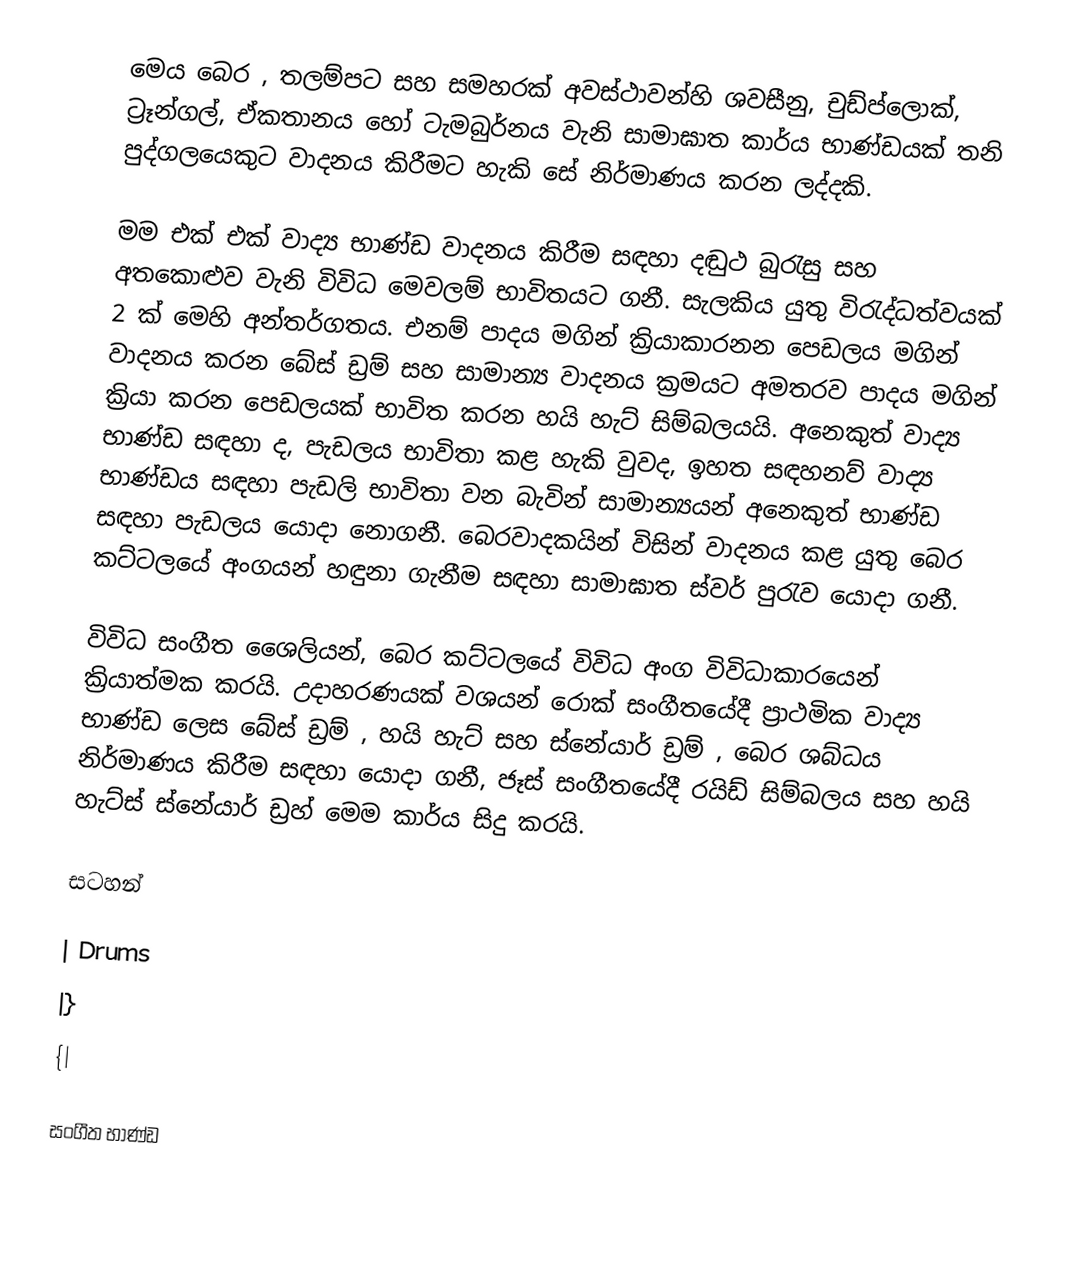
මෙය බෙර , තලම්පට සහ සමහරක් අවස්ථාවන්හි ශවසීනු, චුඩ්ප්ලොක්, ට්‍රෑන්ගල්, ඒකතානය හෝ ටැමබුර්නය වැනි සාමාඝාත කාර්ය භාණ්ඩයක් තනි පුද්ගලයෙකුට වාදනය කිරීමට හැකි සේ නිර්මාණය කරන ලද්දකි.

මම එක් එක් වාද්‍ය භාණ්ඩ වාදනය කිරීම සඳහා දඬුථ බුරැසු සහ අතකොළුව වැනි විවිධ මෙවලම් භාවිතයට ගනී. සැලකිය යුතු විරැද්ධත්වයක් 2 ක් මෙහි අන්තර්ගතය. එනම් පාදය මගින් ක්‍රියාකාරනන පෙඩලය මගින් වාදනය කරන බේස් ඩ්‍රම් සහ සාමාන්‍ය වාදනය ක්‍රමයට අමතරව පාදය මගින් ක්‍රියා කරන පෙඩලයක් භාවිත කරන හයි හැට් සිම්බලයයි. අනෙකුත් වාද්‍ය භාණ්ඩ සඳහා ද, පැඩලය භාවිතා කළ හැකි වුවද, ඉහත සඳහනව් වාද්‍ය භාණ්ඩය සඳහා පැඩලි භාවිතා වන බැවින් සාමාන්‍යයන් අනෙකුත් භාණ්ඩ සඳහා පැඩලය යොදා නොගනී. බෙරවාදකයින් විසින් වාදනය කළ යුතු බෙර කට්ටලයේ අංගයන් හඳුනා ගැනීම සඳහා සාමාඝාත ස්වර් පුරැව යොදා ගනී.

විවිධ සංගීත ශෛලියන්, බෙර කට්ටලයේ විවිධ අංග විවිධාකාරයෙන් ක්‍රියාත්මක කරයි. උදාහරණයක් වශයන් රොක් සංගීතයේදී ප්‍රාථමික වාද්‍ය භාණ්ඩ ලෙස බේස් ඩ්‍රම් , හයි හැට් සහ ස්නේයාර් ඩ්‍රම් , බෙර ශබ්ධය නිර්මාණය කිරීම ‍සඳහා යොදා ගනී, ජෑස් සංගීතයේදී රයිඩ් සිම්බලය සහ හයි හැට්ස් ස්නේයාර් ඩ්‍රහ් මෙම කාර්ය සිදු කරයි.

සටහන්

| Drums
|}
{|

සංගීත භාණ්ඩ